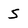
Character: 5